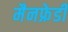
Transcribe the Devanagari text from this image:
मैनफ्रेडी